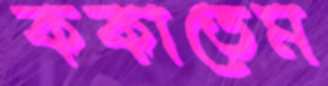
ককাতেম